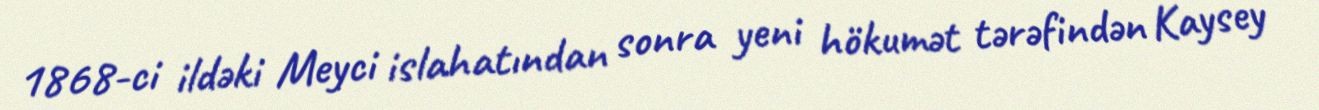
1868-ci ildəki Meyci islahatından sonra yeni hökumət tərəfindən Kaysey